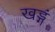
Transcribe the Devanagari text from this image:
खड्गं